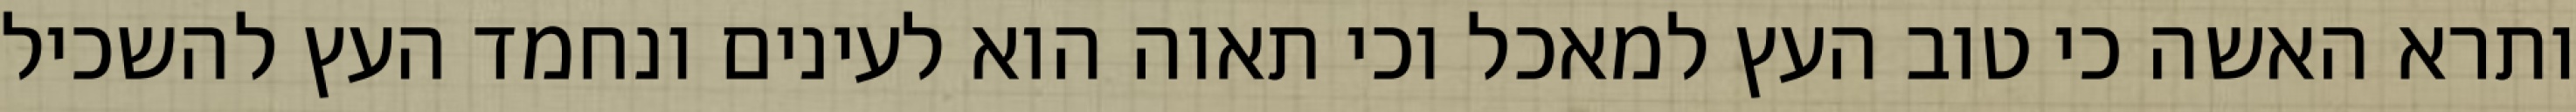
ותרא האשה כי טוב העץ למאכל וכי תאוה הוא לעינים ונחמד העץ להשכיל